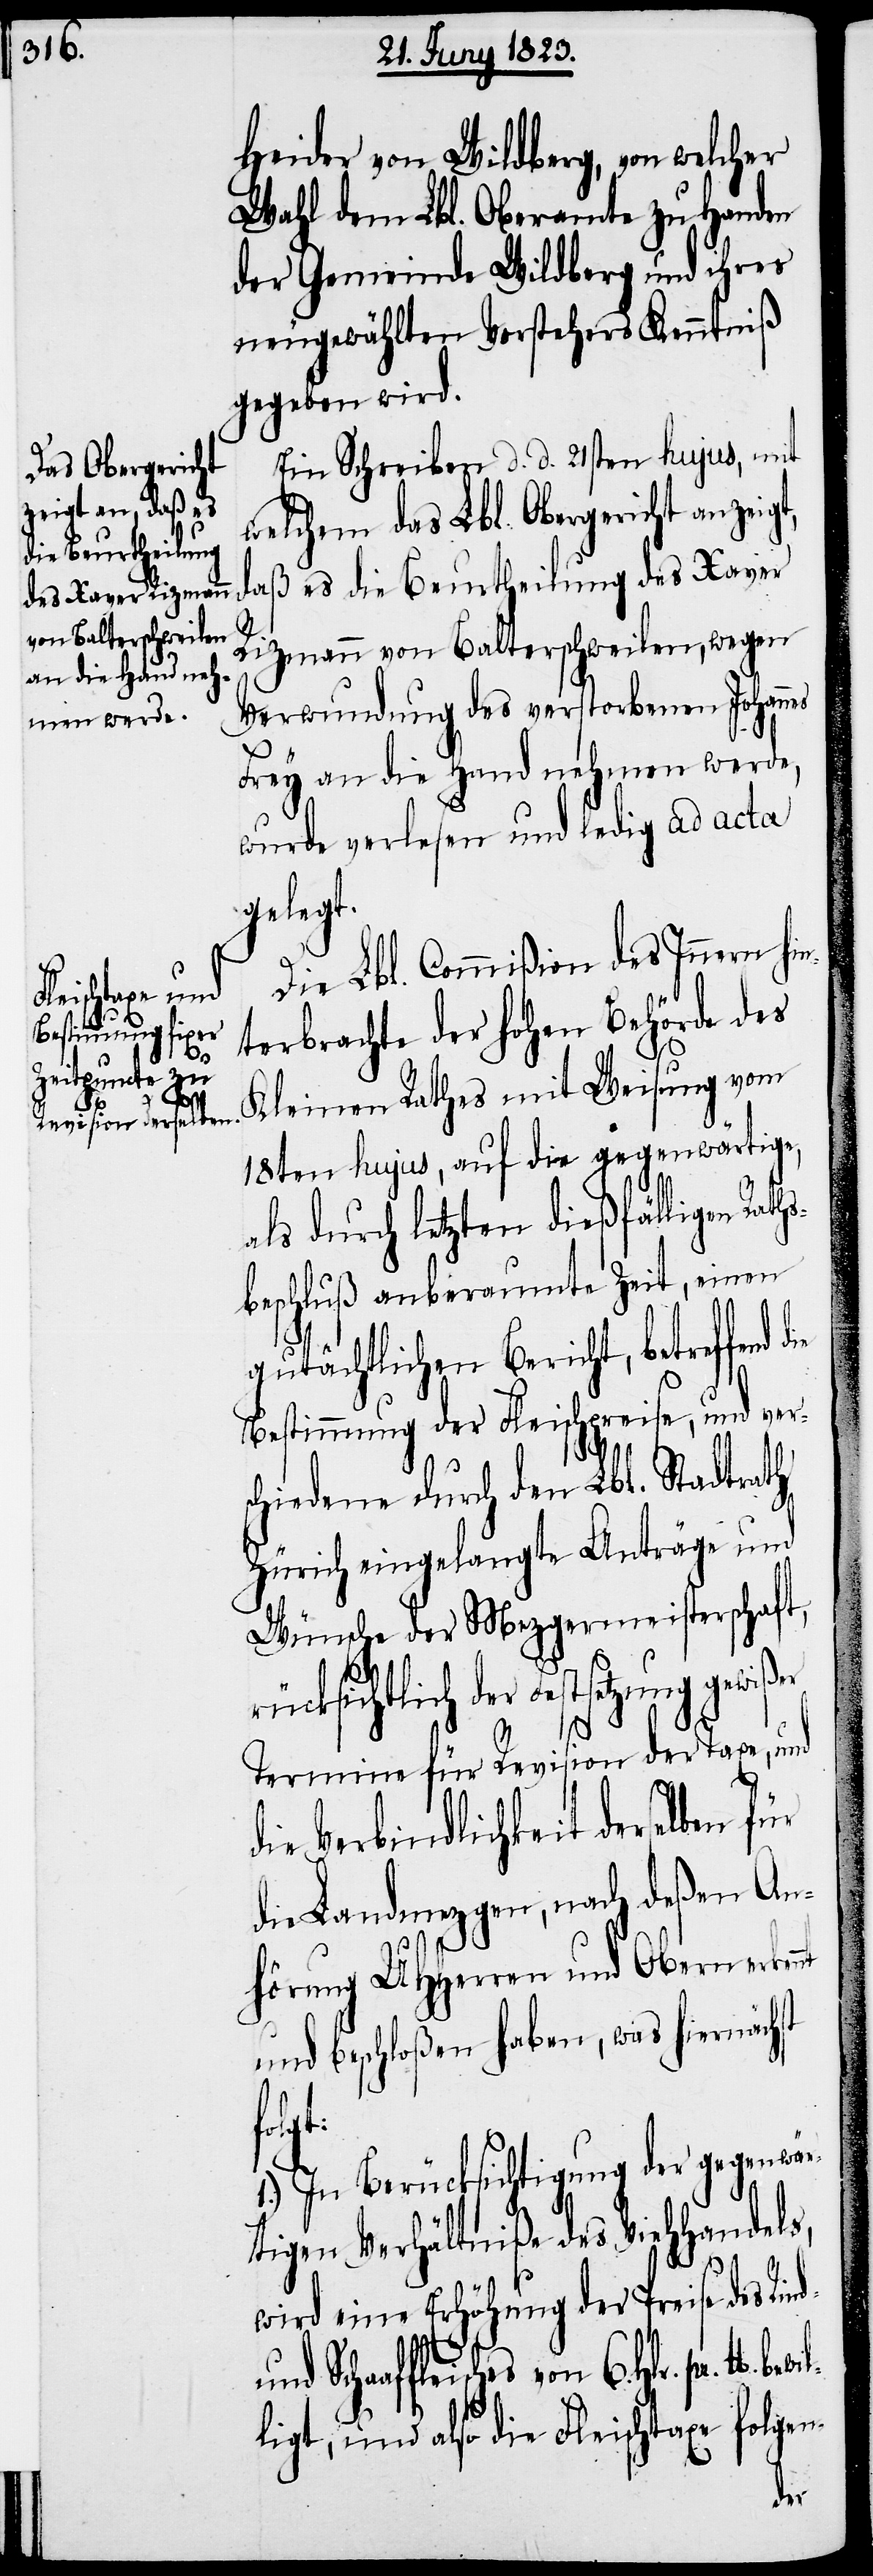
be¬

Heider von Wildberg, von welcher
Wahl dem Lbl. Oberamte zu Handen
der Gemeinde Wildberg und ihres
neugewählten Vorstehers Kenntniß
gegeben wird.
Ein Schreiben d. d. 21sten hujus, mit
welchem das Lbl. Obergericht anzeig¬
daß es die Beurtheilung des Xaver
Rizmann von Balterschweilen, wegen
Verwundung des verstorbenen Johann¬
Frey an die Hand nehmen werde,
wurde verlesen und ledig ad acta
gelegt.
Die Lbl. Commißion des Innern hi¬
terbrachte der hohen Behörde des
Kleinen Rathes mit Weisung vom
18ten hujus, auf die gegenwärtige,
als durch letzten dießfälligen Rat¬
beschluß anberaumte Zeit, einen
gutächtlichen Bericht, betreffend
Bestimmung der Fleischpreise, und vers¬
chiedene durch den Lbl. Stadtrath
Zürich eingelangte Anträge und
Wünsche der Mezgermeisterschaft,
rücksichtlich der Festsetzung gewiß¬
d-
Termine für Revision der Taxe, und
die Verbindlichkeit derselben für
die Landmezgen, nach deßen An¬
hörung UHHerren und Obern erkennt
und beschloßen haben, was hiernächst
wil¬
1.) In Berücksichtigung der gegenwär¬
tigen Verhältniße des Viehhandels,
wird eine Erhöhung der Preise des Rin¬
und Schaaffleisches von 6. Hlr.
ligt, und also die Fleischtaxe folgen-
die